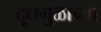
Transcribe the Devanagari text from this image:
दूधगुळाच्या